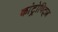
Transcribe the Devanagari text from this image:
कांट्रोविट्ज़